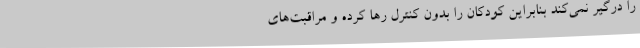
را درگیر نمی‌کند بنابراین کودکان را بدون کنترل رها کرده‌ و مراقبت‌های